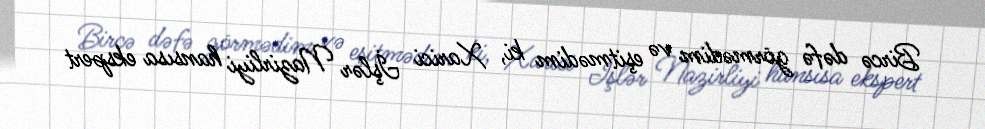
Bircə dəfə görmədim və eşitmədim ki, Xarici İşlər Nazirliyi hansısa ekspert